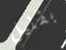
بقليل